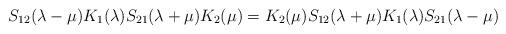
LaTeX: \begin{align*}S_{12}(\lambda-\mu)K_1(\lambda)S_{21}(\lambda+\mu)K_2(\mu)=K_2(\mu)S_{12}(\lambda+\mu)K_1(\lambda)S_{21}(\lambda-\mu)\end{align*}